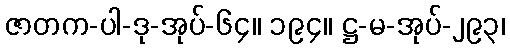
ဇာတက-ပါ-ဒု-အုပ်-၆၄။ ၁၉၄။ ဋ္ဌ-မ-အုပ်-၂၉၃၊